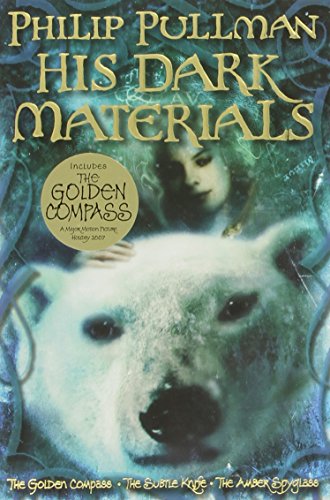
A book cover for His Dark Materials Omnibus (The Golden Compass; The Subtle Knife; The Amber Spyglass); Philip Pullman; Children's Books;